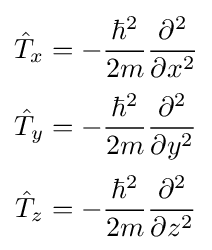
{\begin{aligned}{\hat {T}}_{x}&=-{\frac {\hbar ^{2}}{2m}}{\frac {\partial ^{2}}{\partial x^{2}}}\\[2pt]{\hat {T}}_{y}&=-{\frac {\hbar ^{2}}{2m}}{\frac {\partial ^{2}}{\partial y^{2}}}\\[2pt]{\hat {T}}_{z}&=-{\frac {\hbar ^{2}}{2m}}{\frac {\partial ^{2}}{\partial z^{2}}}\\\end{aligned}}